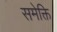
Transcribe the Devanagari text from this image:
समेक्ति